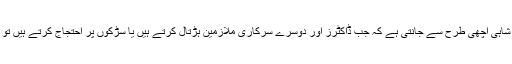
پنجاب کے سیاسی حکمران اور افسر شاہی اچھی طرح سے جانتی ہے کہ جب ڈاکٹرز اور دوسرے سرکاری ملازمین ہڑتال کرتے ہیں یا سڑکوں پر احتجاج کرتے ہیں تو یہ ان کے ساتھ کیا سلوک کرتے ہیں۔